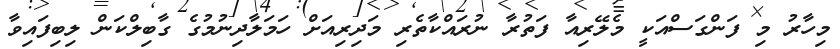
މިހާރު މި ފަންގަސްއަކީ މެލޭރިއާ ފަތުރާ ނުރައްކާތެރި މަދިރިއަށް ހަމަލާދިނުމުގެ ގާބިލްކަން ލިބިފައިވާ